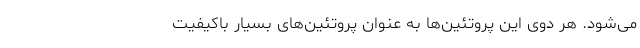
می‌شود. هر دوی این پروتئین‌ها به عنوان پروتئین‌های بسیار با‌کیفیت